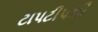
ટાપટીપથી